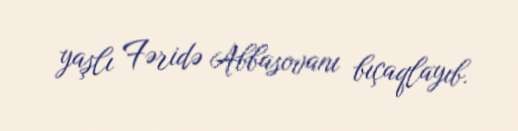
yaşlı Fəridə Abbasovanı bıçaqlayıb.